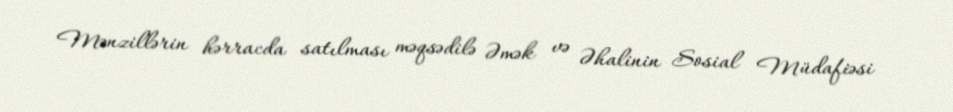
Mənzillərin hərracda satılması məqsədilə Əmək və Əhalinin Sosial Müdafiəsi